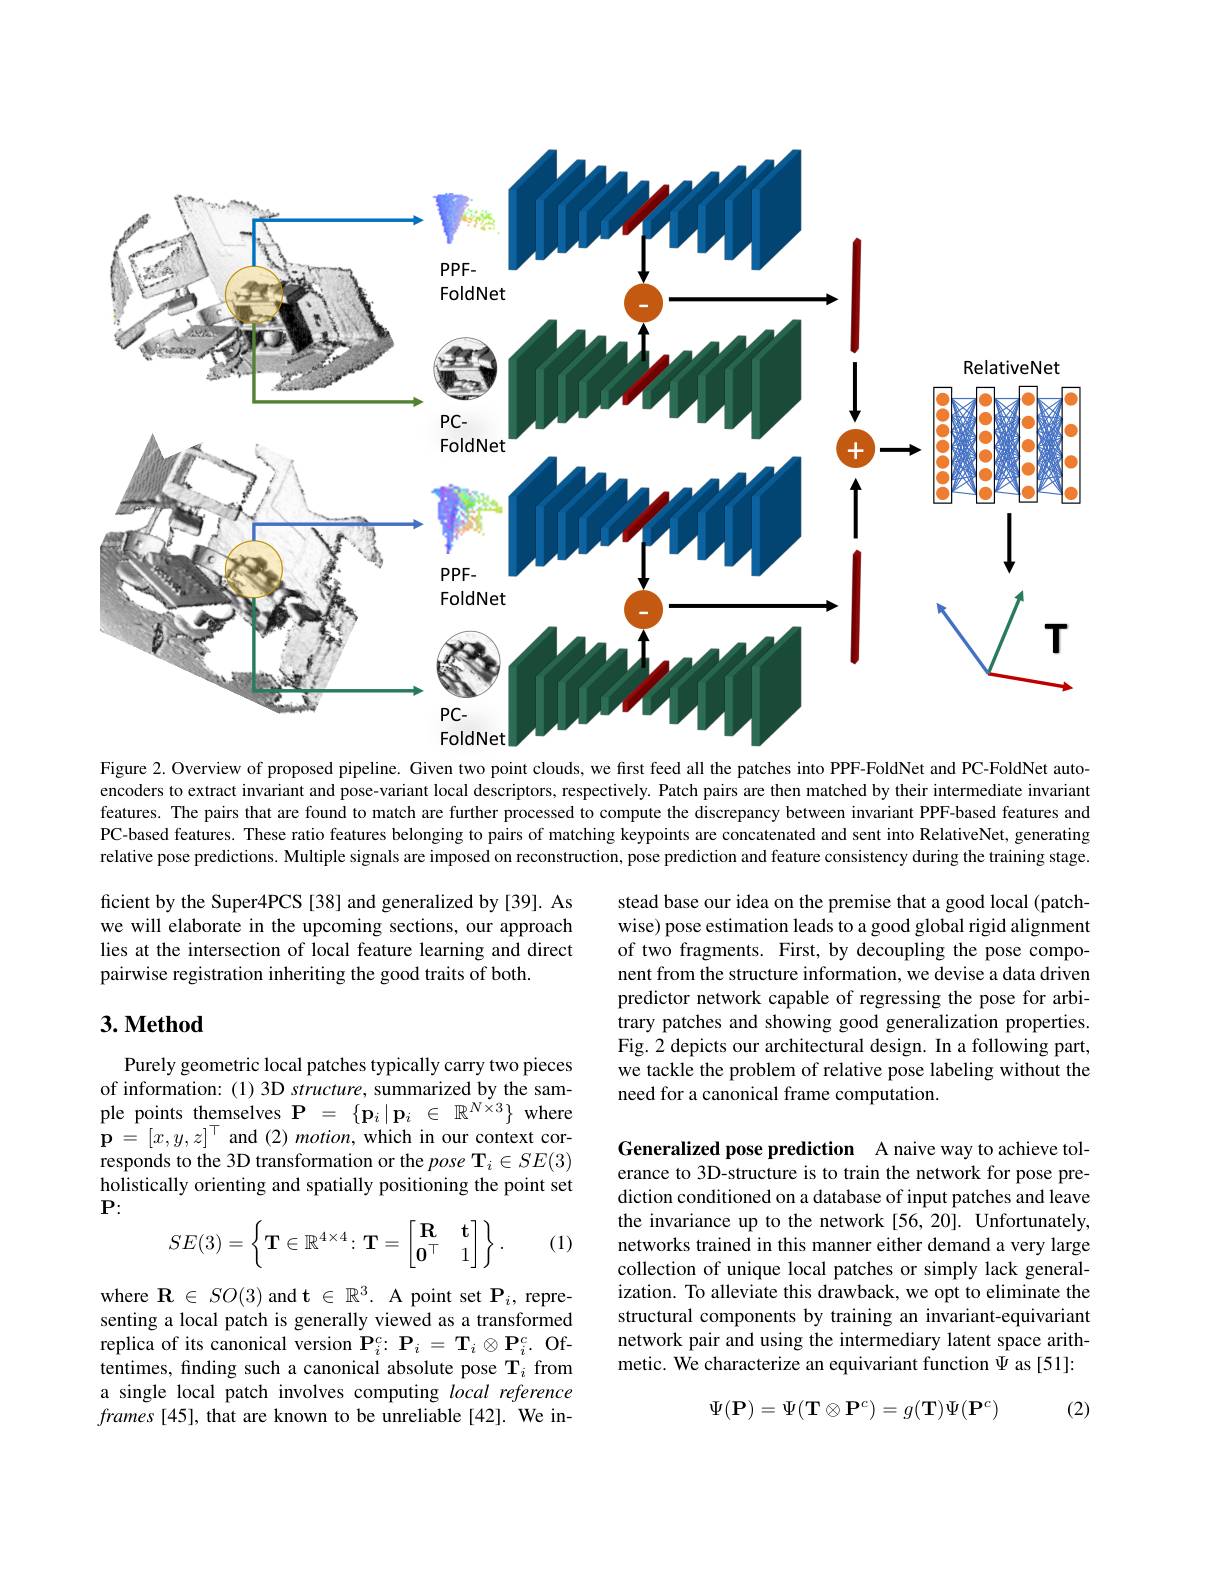
<FigureHere>
Figure 2. Overview of proposed pipeline. Given two point clouds, we first feed all the patches into PPF-FoldNet and PC-FoldNet auto-

encoders to extract invariant and pose-variant local descriptors, respectively. Patch pairs are then matched by their intermediate invariant features. The pairs that are found to match are further processed to compute the discrepancy between invariant PPF-based features and PC-based features. These ratio features belonging to pairs of matching keypoints are concatenated and sent into RelativeNet, generating relative pose predictions. Multiple signals are imposed on reconstruction, pose prediction and feature consistency during the training stage.

ficient by the Super4PCS [38] and generalized by [39]. As we will elaborate in the upcoming sections, our approach lies at the intersection of local feature learning and direct pairwise registration inheriting the good traits of both.

stead base our idea on the premise that a good local (patchwise) pose estimation leads to a good global rigid alignment of two fragments. First, by decoupling the pose component from the structure information, we devise a data driven predictor network capable of regressing the pose for arbitrary patches and showing good generalization properties. Fig.2 depicts our architectural design. In a following part, we tackle the problem of relative pose labeling without the need for a canonical frame computation.

## $3. \textbf{Method}$

Purely geometric local patches typically carry two pieces of information:(1)3D structure, summarized by the sample points themselves $\mathbf{P}=\{\mathbf{p}_{i}\mid\mathbf{p}_{i}\in\mathbb{R}^{N\times3}\}$ where $\mathbf{p}=[x,y,z]^{\top}$and$( 2) \textit{motion, which in our context cor- }$ responds to the 3D transformation or the $pose\textbf{T}_i\in SE(3)$ holistically orienting and spatially positioning the point set $\mathbf{P}:$
$$SE(3)=\left\{\mathbf{T}\in\mathbb{R}^{4\times4}\colon\mathbf{T}=\begin{bmatrix}\mathbf{R}&\mathbf{t}\\\mathbf{0}^{\top}&1\end{bmatrix}\right\}.$$
(1)

Generalized pose prediction A naive way to achieve tolerance to 3D-structure is to train the network for pose prediction conditioned on a database of input patches and leave the invariance up to the network [56,20]. Unfortunately, networks trained in this manner either demand a very large collection of unique local patches or simply lack generalization. To alleviate this drawback, we opt to eliminate the structural components by training an invariant-equivariant network pair and using the intermediary latent space arithmetic. We characterize an equivariant function $\Psi$ as [51]:

where $\mathbf{R}\in SO(3)$ and $\mathbf{t}\in\mathbb{R}^3.$ A point set $\mathbf{P}_i$, representing a local patch is generally viewed as a transformed replica of its canonical version $\mathbf{P}_{i}^{c}{:}\mathbf{P}_{i}=\mathbf{T}_{i}\otimes\mathbf{P}_{i}^{c}.$ Oftentimes, finding such a canonical absolute pose T$_i$ from a single local patch involves computing local reference $frames[45]$, that are known to be unreliable[42]. We in-

(2)
$$\Psi(\mathbf P)=\Psi(\mathbf T\otimes\mathbf P^c)=g(\mathbf T)\Psi(\mathbf P^c)$$